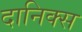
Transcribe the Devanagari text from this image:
दानिक्स